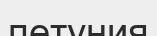
петуния